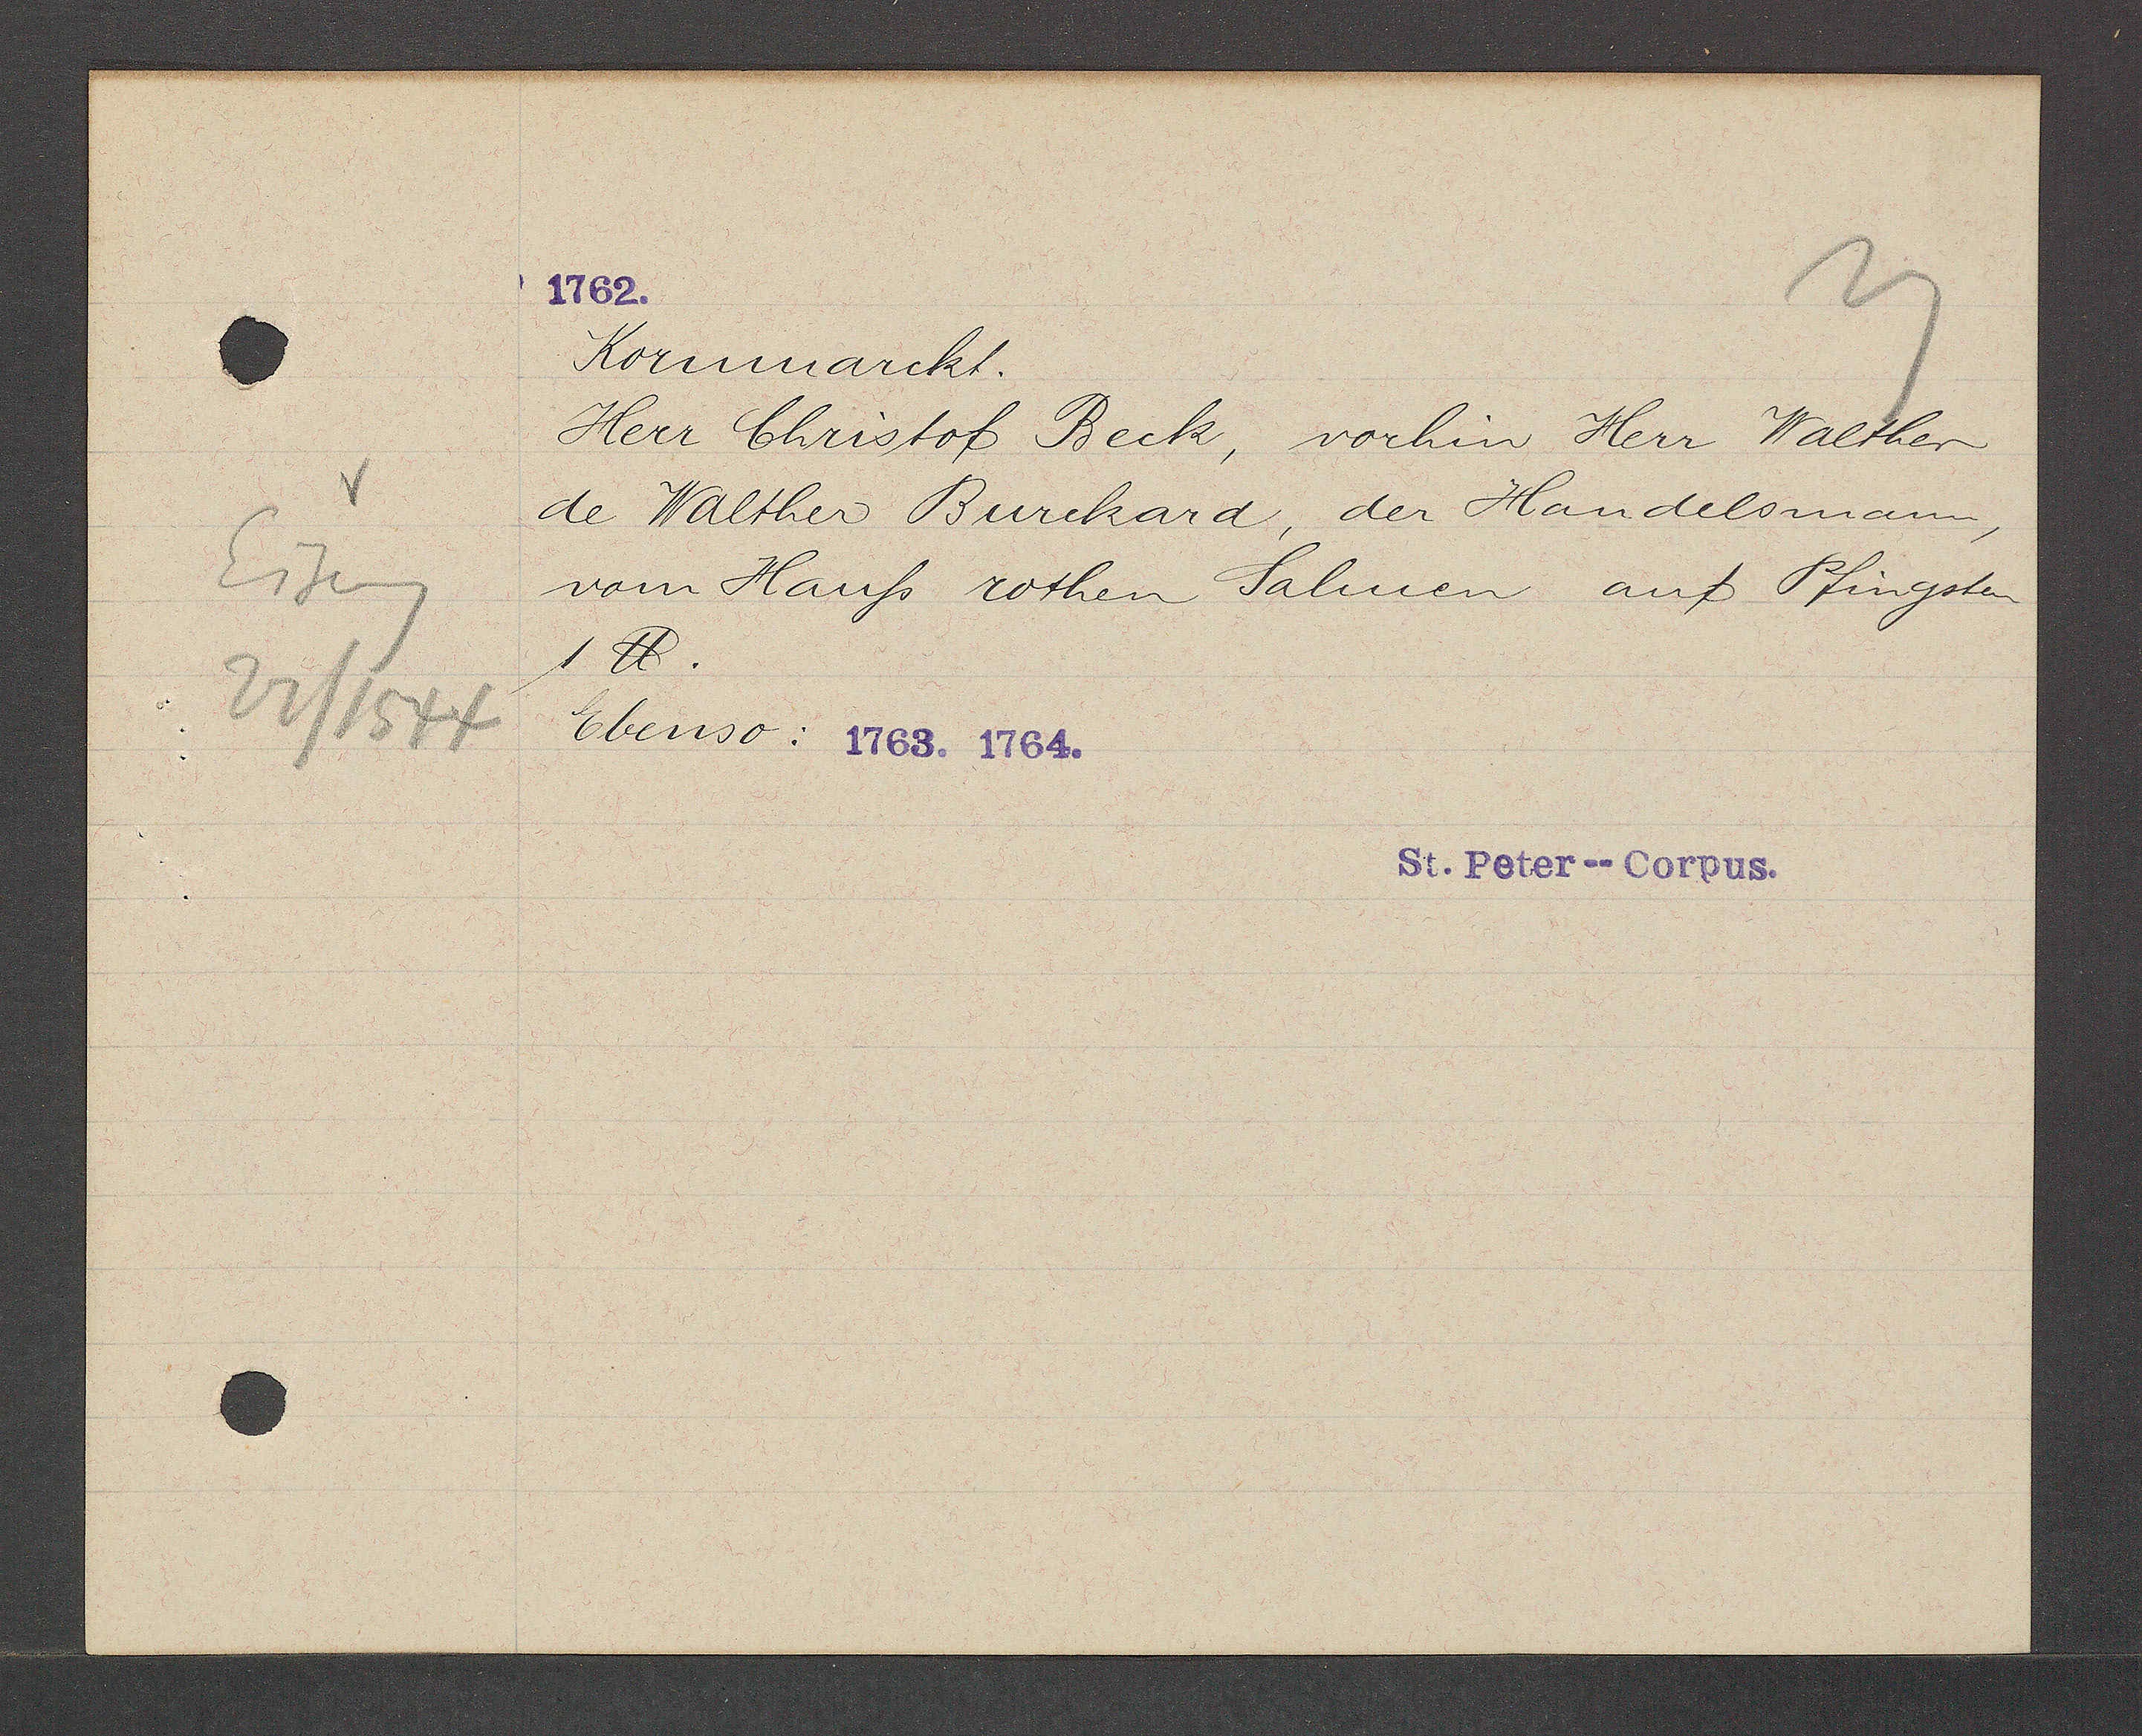
Transcript:
Eiseng
22/1544

Kornmarckt.
Herr Christof Beck, vochin Herr Walther
de Walther Burckard, der Handelsmann,
vom Hauß rothen Salmen auf Pfingsten
1 ℔.
Ebenso: